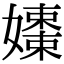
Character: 𡣒